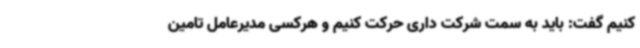
کنیم گفت: باید به سمت شرکت داری حرکت کنیم و هرکسی مدیرعامل تامین